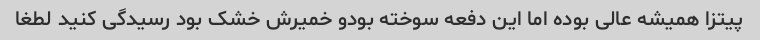
پیتزا همیشه عالی بوده اما این دفعه سوخته بودو خمیرش خشک بود رسیدگی کنید لطغا